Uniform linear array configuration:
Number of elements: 32
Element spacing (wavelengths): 0.25
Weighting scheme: blackman
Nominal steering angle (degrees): -30
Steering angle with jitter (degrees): -29.099
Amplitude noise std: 0.05
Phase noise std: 0.05

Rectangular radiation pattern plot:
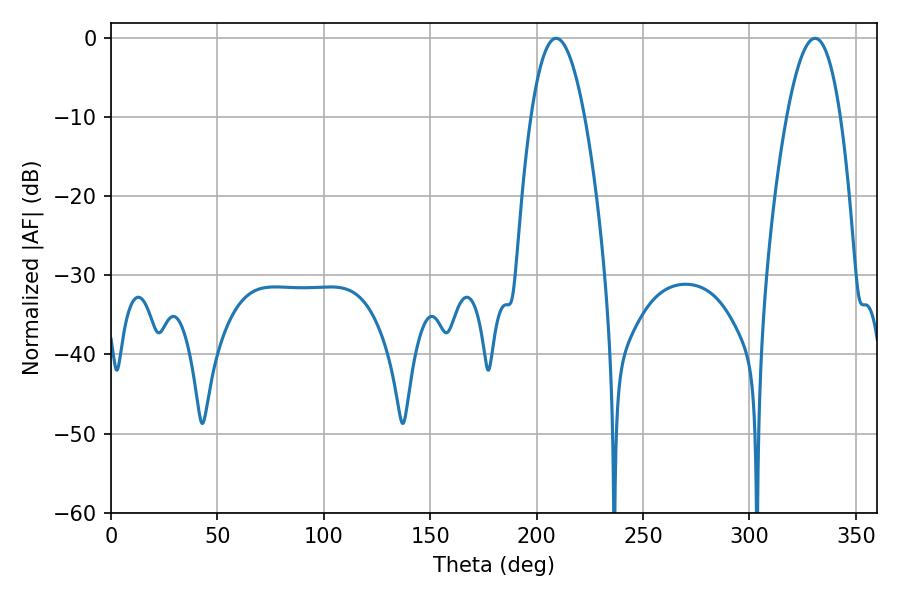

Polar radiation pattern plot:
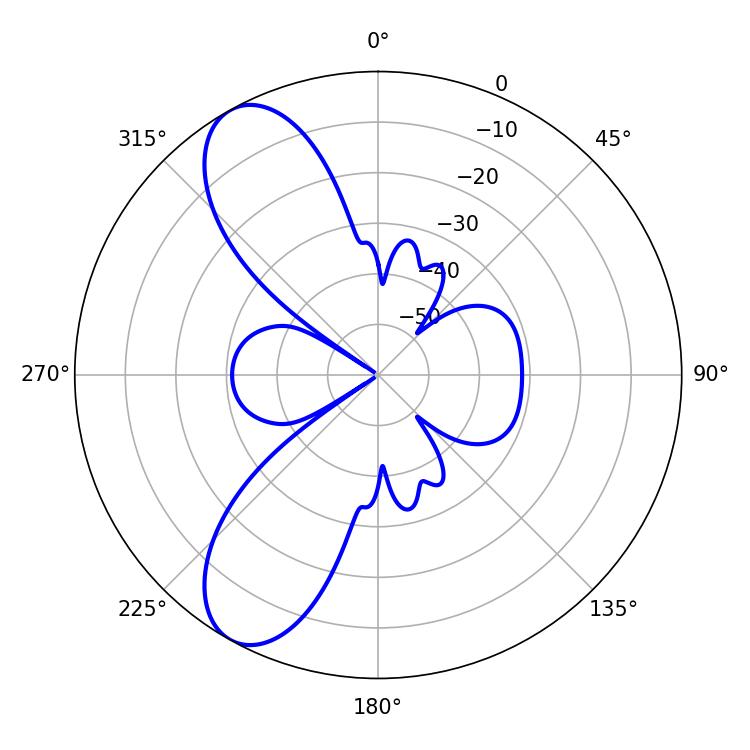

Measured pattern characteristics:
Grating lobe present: FALSE
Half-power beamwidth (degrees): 13.86
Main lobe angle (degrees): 209.16